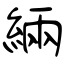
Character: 緉